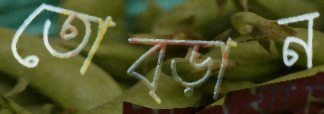
তোব্‌ড়ান